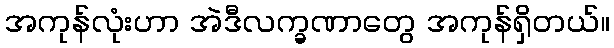
အကုန်လုံးဟာ အဲဒီလက္ခဏာတွေ အကုန်ရှိတယ်။